Report on lock hospitals in British Burma
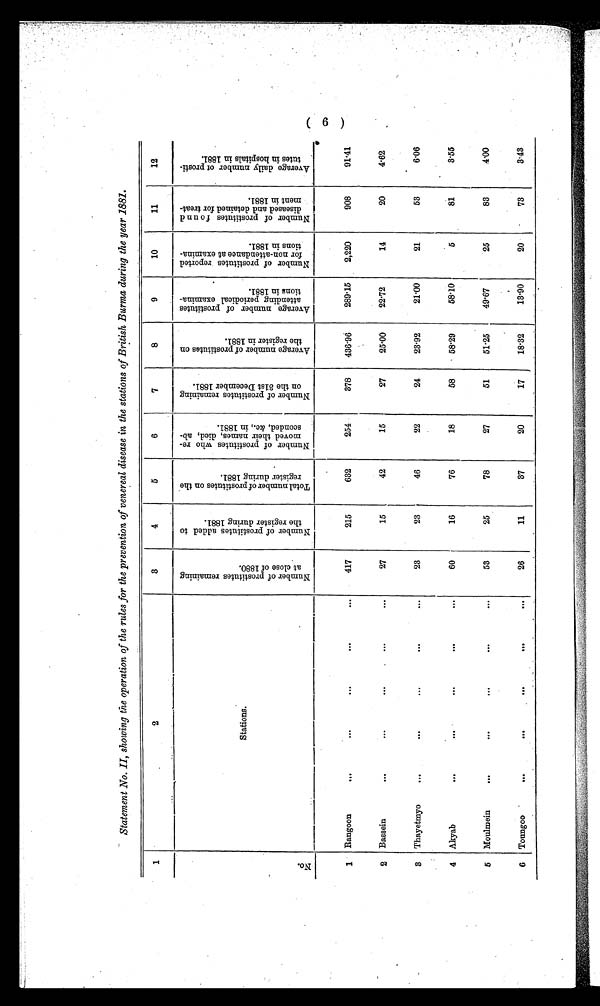
Statement No. II, showing the operation of the rules for the prevention of venereal disease in the stations of British Burma during the year 1881.
1
2
3
4
5
6
7
8
9
10
11
12
N o
.
Stations.
N u m b e r o f p r o s t i t u t e s r e m a i n i n g a t c l o s e o f 1 8 8 0 .
N u m b e r o f p r o s t i t u t e s a d d e d t o t h e r e g i s t e r d u r i n g 1 8 8 1 .
T o t a l n u m b e r o f p r o s t i t u t e s o n t h e r e g i s t e r d u r i n g 1 8 8 1 .
N u m b e r o f p r o s t i t u t e s w h o r e - m o v e d t h e i r n a m e s , d i e d , a b - s c o n d e d , & c . , i n 1 8 8 1 .
N u m b e r o f p r o s t i t u t e s r e m a i n i n g o n t h e 3 1 s t
D e c e m b e r 1 8 8 1 .
A v e r a g e n u m b e r o f p r o s t i t u t e s o n t h e r e g i s t e r i n 1 8 8 1 .
A v e r a g e n u m b e r o f p r o s t i t u t e s a t t e n d i n g p e r i o d i c a l e x a m i n a t i o n i n 1 8 8 1 .
N u m b e r o f p r o s t i t u t e s r e p o r t e d f o r n o n - a t t e n d a n c e a t e x a m i n a t i o n i n 1 8 8 1 .
N u m b e r o f p r o s t i t u t e s f o u n d d i s e a s e d a n d d e t a i n e d f o r t r e a t - m e n t .
A v e r g a e d a i l y n u m b e r o f p r o s t i t u t e s . i n h o s p i t a l s i n 1 8 8 1 .
1
Rangoon
...
. . .
...
. . .
. . .
417
215
632
254
378
43696
289.15
2,220
908
91.41
2
Bassein
. . .
. . .
. . .
. . .
27
15
42
15
27
25.00
22.72
14
20
4 . 6 2
3
Thayetmyo
41 ••
•••
• •
•••
23
23
46
22
24
2392
2P00
21
53
6.06
4
Akyab
. . .
. . .
. . .
. . .
60
16
76
18
58
58.29
5 8 . 1 0
5
81
3.55
5
Moulmein
. . .
. . .
. . .
. . .
. . .
53
25
78
27
51
5125
4 9 . 6 7
25
83
4 0 0
6 Tonngoo
. . .
. . .
. . .
. . .
•1111
26
11
37
20
17
1832
13.90
20
73
3.43
(6)